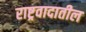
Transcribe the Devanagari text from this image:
राष्ट्रवादातील